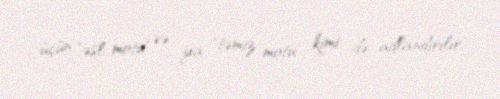
üçün "əsl motu" və ya "təmiz motu" kimi də adlandırılır.